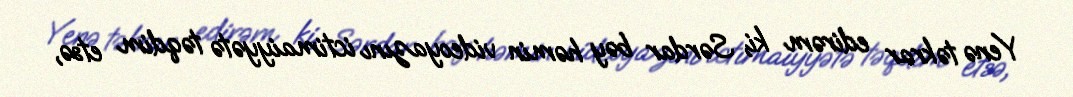
Yenə təkrar edirəm ki, Sərdar bəy həmin videoyazını ictimaiyyətə təqdim etsə,